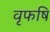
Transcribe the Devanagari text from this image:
वृफषि